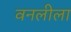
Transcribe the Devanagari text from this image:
वनलीला